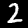
Digit: 2